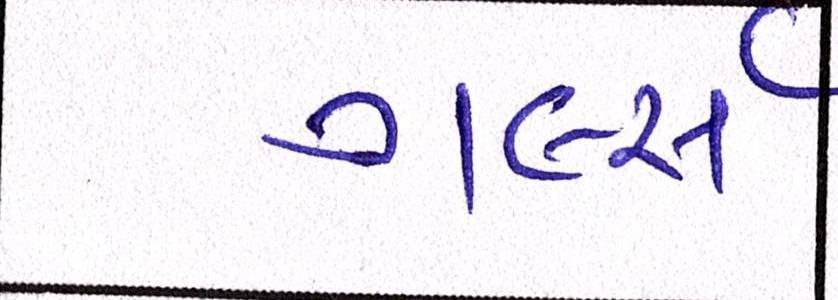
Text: ગર્લ્સ